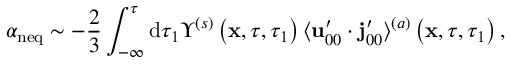
\alpha _ { \mathrm { n e q } } \sim - \frac { 2 } { 3 } \int _ { - \infty } ^ { \tau } \mathrm { d } \tau _ { 1 } \Upsilon ^ { ( s ) } \left( \mathbf { x } , \tau , \tau _ { 1 } \right) \langle \mathbf { u } _ { 0 0 } ^ { \prime } \cdot \mathbf { j } _ { 0 0 } ^ { \prime } \rangle ^ { ( a ) } \left( \mathbf { x } , \tau , \tau _ { 1 } \right) ,